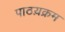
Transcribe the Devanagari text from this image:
पाठय़क्रम